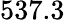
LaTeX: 537.3